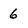
Character: 6